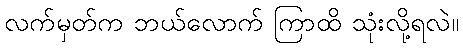
လက်မှတ်က ဘယ်လောက် ကြာထိ သုံးလို့ရလဲ။